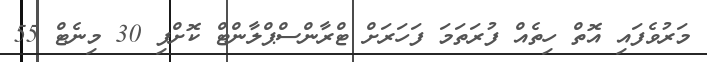
މަރުވެފައި އޮތް ހިތެއް ފުރަތަމަ ފަހަރަށް ޓްރާންސްޕްލާންޓް ކޮށްފި 30 މިނެޓް 55